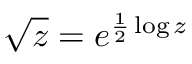
{ \sqrt { z } } = e ^ { { \frac { 1 } { 2 } } \log z }